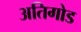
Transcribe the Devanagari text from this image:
अतिगोड